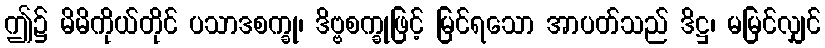
ဤ၌ မိမိကိုယ်တိုင် ပသာဒစက္ခု၊ ဒိဗ္ဗစက္ခုဖြင့် မြင်ရသော အာပတ်သည် ဒိဋ္ဌ၊ မမြင်လျှင်